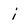
Character: i